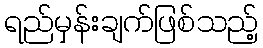
ရည်မှန်းချက်ဖြစ်သည့်